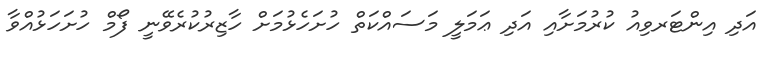
އަދި އިންޓަރވިއު ކުރުމަށާއި އަދި ޢަމަލީ މަސައްކަތް ހުށަހެޅުމަށް ހާޒިރުކުރެވޭނީ ފޯމް ހުށަހަޅުއްވާ